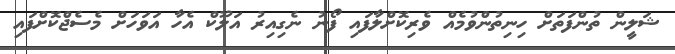
ޝަލީން ތުންފަތަށް ހިނިތުންވުމެއް ވެރިކޮށްލާފައި ފޯނު ނެގިއިރު އަލޫކް އެހާ އަވަހަށް މެސެޖްކޮށްފައި